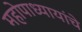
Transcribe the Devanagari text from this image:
महोपाध्यायांचे